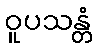
ဝူပသန္တံ